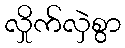
လှိုက်လှဲစွာ